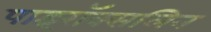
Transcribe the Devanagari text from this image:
पाइरॉक्सलिन